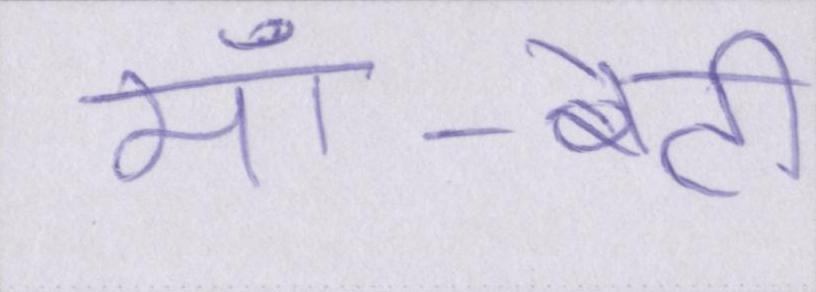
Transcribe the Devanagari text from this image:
माँ-बेटी